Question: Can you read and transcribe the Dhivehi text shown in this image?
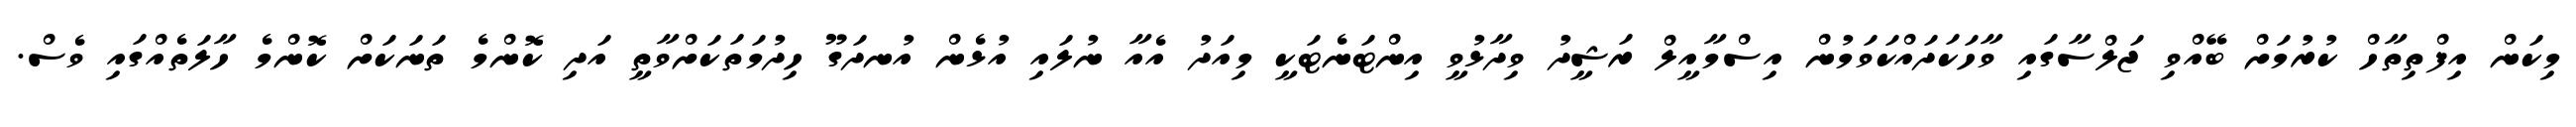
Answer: މިކަން އިފްތިތާހް ކުރުމަށް ބޭއްވި ޖަލްސާގައި ވާހަކަދައްކަވަމުން އިސްމާއީލް ރަޝީދު ވިދާޅުވީ އިންޓަނެޓަކީ މިއަދު އެއާ ނުލައި އުޅެން އުނދަގޫ ހިދުމަތަކަށްވާތީ އަދި ކޮންމެ ތަނަކަށް ކޮންމެ ހާލަތެއްގައި ވެސް.